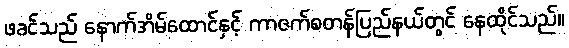
ဖခင်သည် နောက်အိမ်ထောင်နှင့် ကာဇက်စတန်ပြည်နယ်တွင် နေထိုင်သည်။